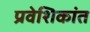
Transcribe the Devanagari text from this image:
प्रवेशिकांत